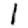
Digit: 1